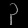
Digit: ၃